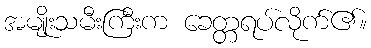
အမျိုးသမီးကြီးက ခေတ္တရပ်လိုက်၏။